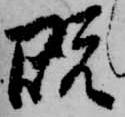
既